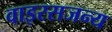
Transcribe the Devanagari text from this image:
वाइरसजन्य